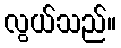
လွယ်သည်။